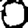
Digit: 0